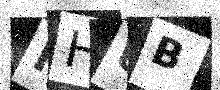
Text: NHUB